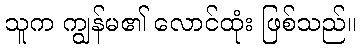
သူက ကျွန်မ၏ လောင်ထုံး ဖြစ်သည်။